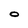
Character: O